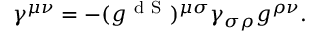
\gamma ^ { \mu \nu } = - ( g ^ { \mathrm { ~ d ~ S ~ } } ) ^ { \mu \sigma } \gamma _ { \sigma \rho } g ^ { \rho \nu } .